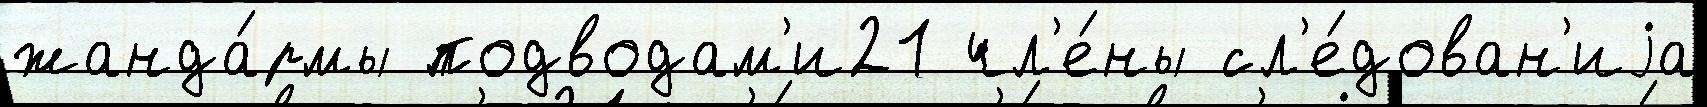
жанда́рмы подводам'и21 чл'е́ны сл'е́дован'иjа